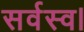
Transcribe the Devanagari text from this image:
सर्वस्व।